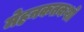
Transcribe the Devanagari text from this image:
मेहनकतकशों